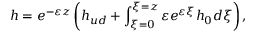
h = e ^ { - \varepsilon z } \left( h _ { u d } + \int _ { \xi = 0 } ^ { \xi = z } \varepsilon e ^ { \varepsilon \xi } h _ { 0 } d \xi \right) ,